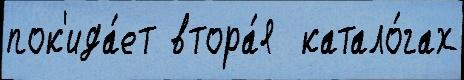
пок'ида́ет втора́я  катало́гах